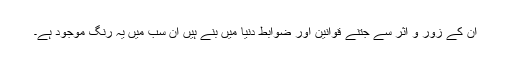
ان کے زور و اثر سے جتنے قوانین اور ضوابط دنیا میں بنے ہیں ان سب میں یہ رنگ موجود ہے۔